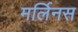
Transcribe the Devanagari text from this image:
मर्लिनस